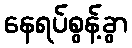
နေရပ်စွန့်ခွာ